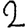
Digit: 2